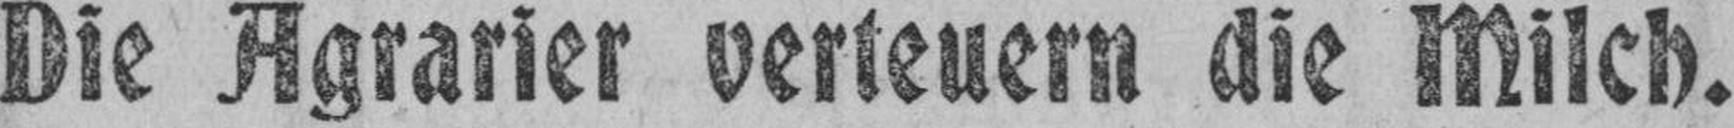
Die Agrarier verteuern die Milch.